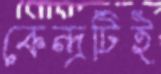
কেন্দ্রটিই